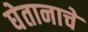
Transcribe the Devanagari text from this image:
घेतानाचे